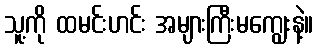
သူ့ကို ထမင်းဟင်း အများကြီးမကျွေးနဲ့။